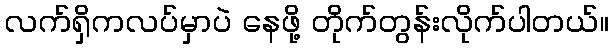
လက်ရှိကလပ်မှာပဲ နေဖို့ တိုက်တွန်းလိုက်ပါတယ်။